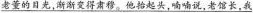
\underline{老董的目光，渐渐变得肃穆。他抬起头，喃喃说，老馆长，我}